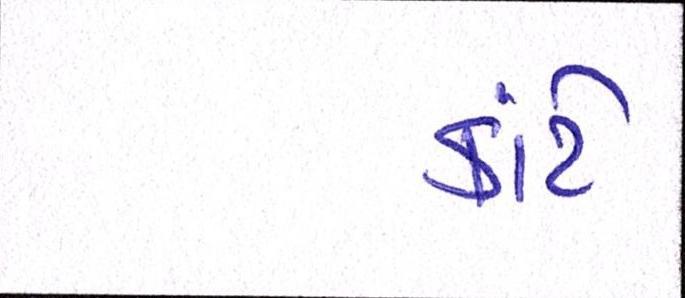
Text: કાંટે